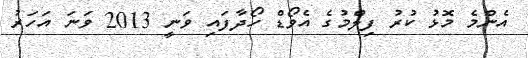
އެންމެ މޮޅު ކުރު ފިލްމުގެ އެވޯޑް ހޯދާފައި ވަނީ 2013 ވަނަ އަހަރު